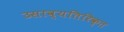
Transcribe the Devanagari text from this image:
उसाव्यतिरिक्त